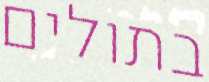
בתולים